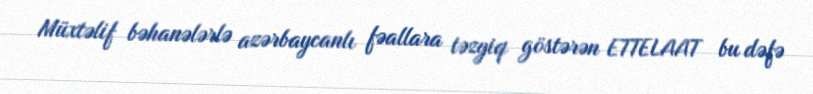
Müxtəlif bəhanələrlə azərbaycanlı fəallara təzyiq göstərən ETTELAAT bu dəfə